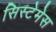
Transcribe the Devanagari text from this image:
सिस्टेमेस